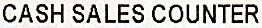
CASH SALES COUNTER